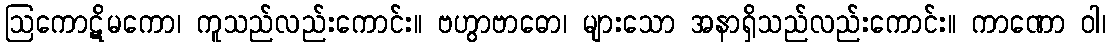
ဩကောဋိမကော၊ ကူသည်လည်းကောင်း။ ဗဟွာဗာဓော၊ များသော အနာရှိသည်လည်းကောင်း။ ကာဏော ဝါ၊